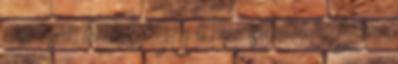
ahol csak lehetett? Ha ti nem is láttátok, Bauer